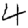
Digit: 4